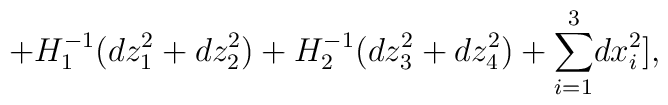
+H_{1}^{-1}(dz_{1}^{2}+dz_{2}^{2})+H_{2}^{-1}(dz_{3}^{2}+dz_{4}^{2})+{\sum_{i=1}^{3}}dx_{i}^{2}],